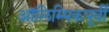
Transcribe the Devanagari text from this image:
ऑलिम्पिकपूर्वी